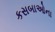
કસબાઓના